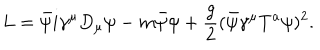
LaTeX: L = \bar { \psi } i \gamma ^ { \mu } D _ { \mu } \psi - m \bar { \psi } \psi + { \frac { g } { 2 } } ( \bar { \psi } \gamma ^ { \mu } T ^ { a } \psi ) ^ { 2 } .